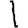
Digit: 1